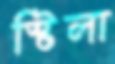
স্টিলা